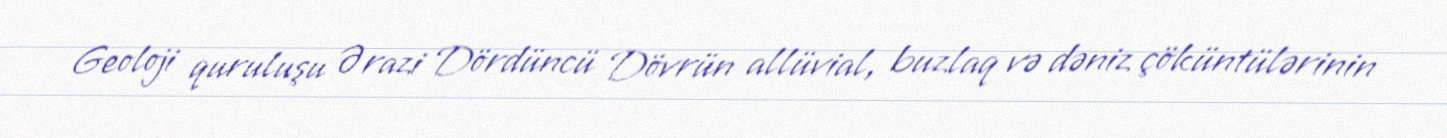
Geoloji quruluşu Ərazi Dördüncü Dövrün allüvial, buzlaq və dəniz çöküntülərinin